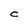
Character: C